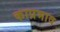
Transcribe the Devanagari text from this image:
काप्रभाव